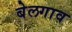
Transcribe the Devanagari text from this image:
बेलगाव